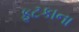
ફટકાના